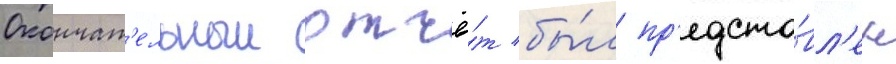
Окончат'ельныи отчё́т бы́л пр'едста́вл'ен